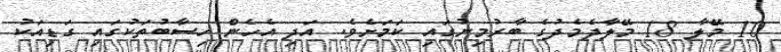
10 މޭލާ 18 މޭލާދެމެދުގެ ބާރުމިނުގައި ކަމަށެވެ. އަދި އެހެން ހިސާބުތަކުގައި ގަޑިއަކު